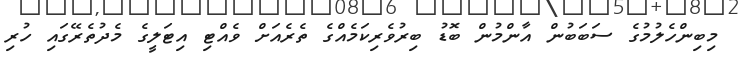
މިބިންހެލުމުގެ ސަބަބުން އާންމުން ބޮޑު ބިރުވެރިކަމެއްގެ ތެރެއަށް ވެއްޓި އިޓަލީގެ މެދުތެރޭގައި ހުރި